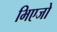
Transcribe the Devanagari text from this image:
भिएजो